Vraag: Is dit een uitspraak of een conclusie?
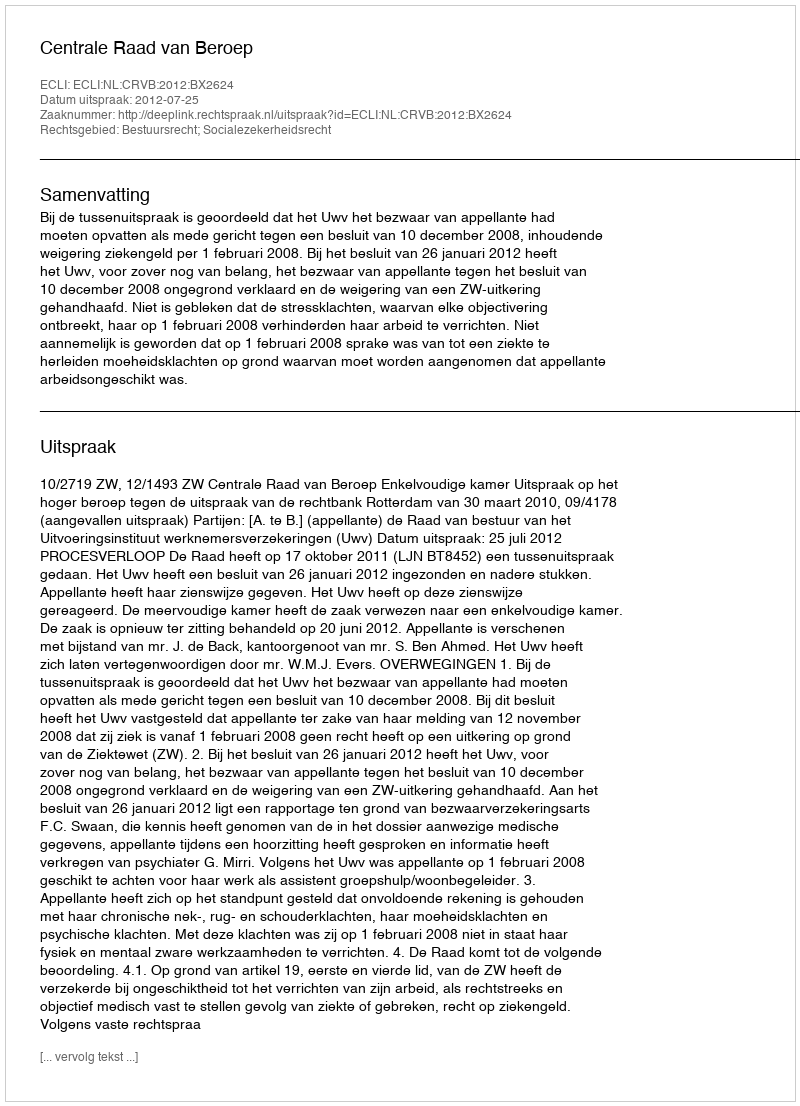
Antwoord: Uitspraak